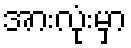
အားလုံးမှာ